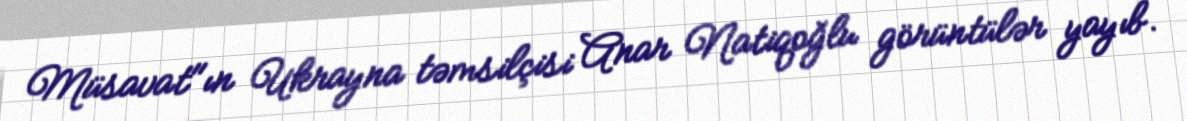
Müsavat"ın Ukrayna təmsilçisi Anar Natiqoğlu görüntülər yayıb.